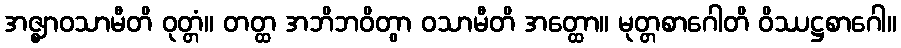
အဇ္ဈာဝသာမီတိ ဝုတ္တံ။ တတ္ထ အဘိဘဝိတွာ ဝသာမီတိ အတ္ထော။ မုတ္တစာဂေါတိ ဝိဿဋ္ဌစာဂေါ။